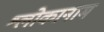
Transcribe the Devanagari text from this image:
श्लोकानाम